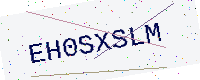
Text: EH0SXSLM